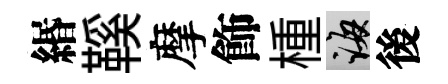
緡鞵摩飾㮔誨後